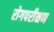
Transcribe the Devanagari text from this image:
रोगपरीक्षण